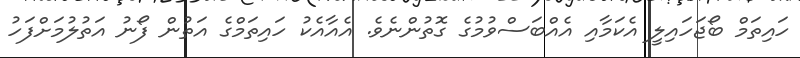
ހައިތަމް ބޯޖަހައިލީ އެކަމާއި އެއްބަސްވުމުގެ ގޮތުންނެވެ. އެއާއެކު ހައިތަމްގެ އަތުން ފޯނު އަތުލުމަށްފަހު